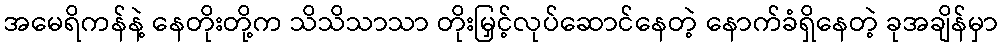
အမေရိကန်နဲ့ နေတိုးတို့က သိသိသာသာ တိုးမြှင့်လုပ်ဆောင်နေတဲ့ နောက်ခံရှိနေတဲ့ ခုအချိန်မှာ